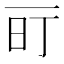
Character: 𬻐